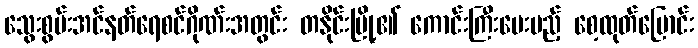
သွေးစွမ်းအင်နတ်ရေစင်ဂိုဏ်းအတွင်း တနိုင်းမြို့၏ ကောင်းကြီးပေးမည့် စေ့ထုတ်ပြောင်း